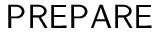
\mathsf { P R E P A R E }